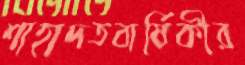
শাহাদতবার্ষিকীর